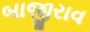
બાજીરાવ